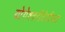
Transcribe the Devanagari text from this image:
योगेश्वरीदेवीच्या